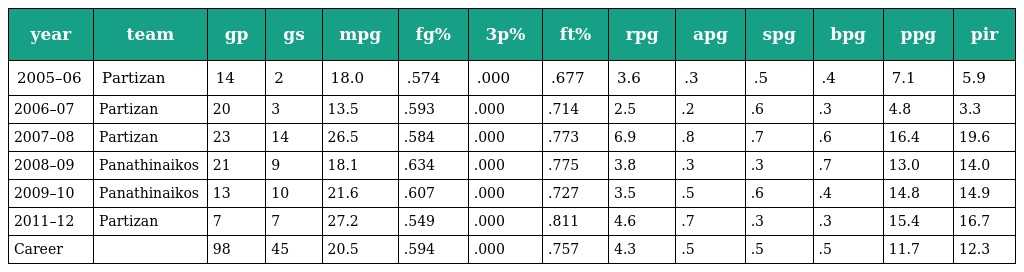
| year | team | gp | gs | mpg | fg% | 3p% | ft% | rpg | apg | spg | bpg | ppg | pir |
 | --- | --- | --- | --- | --- | --- | --- | --- | --- | --- | --- | --- | --- | --- |
 | 2005–06 | Partizan | 14 | 2 | 18.0 | .574 | .000 | .677 | 3.6 | .3 | .5 | .4 | 7.1 | 5.9 |
 | 2006–07 | Partizan | 20 | 3 | 13.5 | .593 | .000 | .714 | 2.5 | .2 | .6 | .3 | 4.8 | 3.3 |
 | 2007–08 | Partizan | 23 | 14 | 26.5 | .584 | .000 | .773 | 6.9 | .8 | .7 | .6 | 16.4 | 19.6 |
 | 2008–09 | Panathinaikos | 21 | 9 | 18.1 | .634 | .000 | .775 | 3.8 | .3 | .3 | .7 | 13.0 | 14.0 |
 | 2009–10 | Panathinaikos | 13 | 10 | 21.6 | .607 | .000 | .727 | 3.5 | .5 | .6 | .4 | 14.8 | 14.9 |
 | 2011–12 | Partizan | 7 | 7 | 27.2 | .549 | .000 | .811 | 4.6 | .7 | .3 | .3 | 15.4 | 16.7 |
 | Career |  | 98 | 45 | 20.5 | .594 | .000 | .757 | 4.3 | .5 | .5 | .5 | 11.7 | 12.3 |